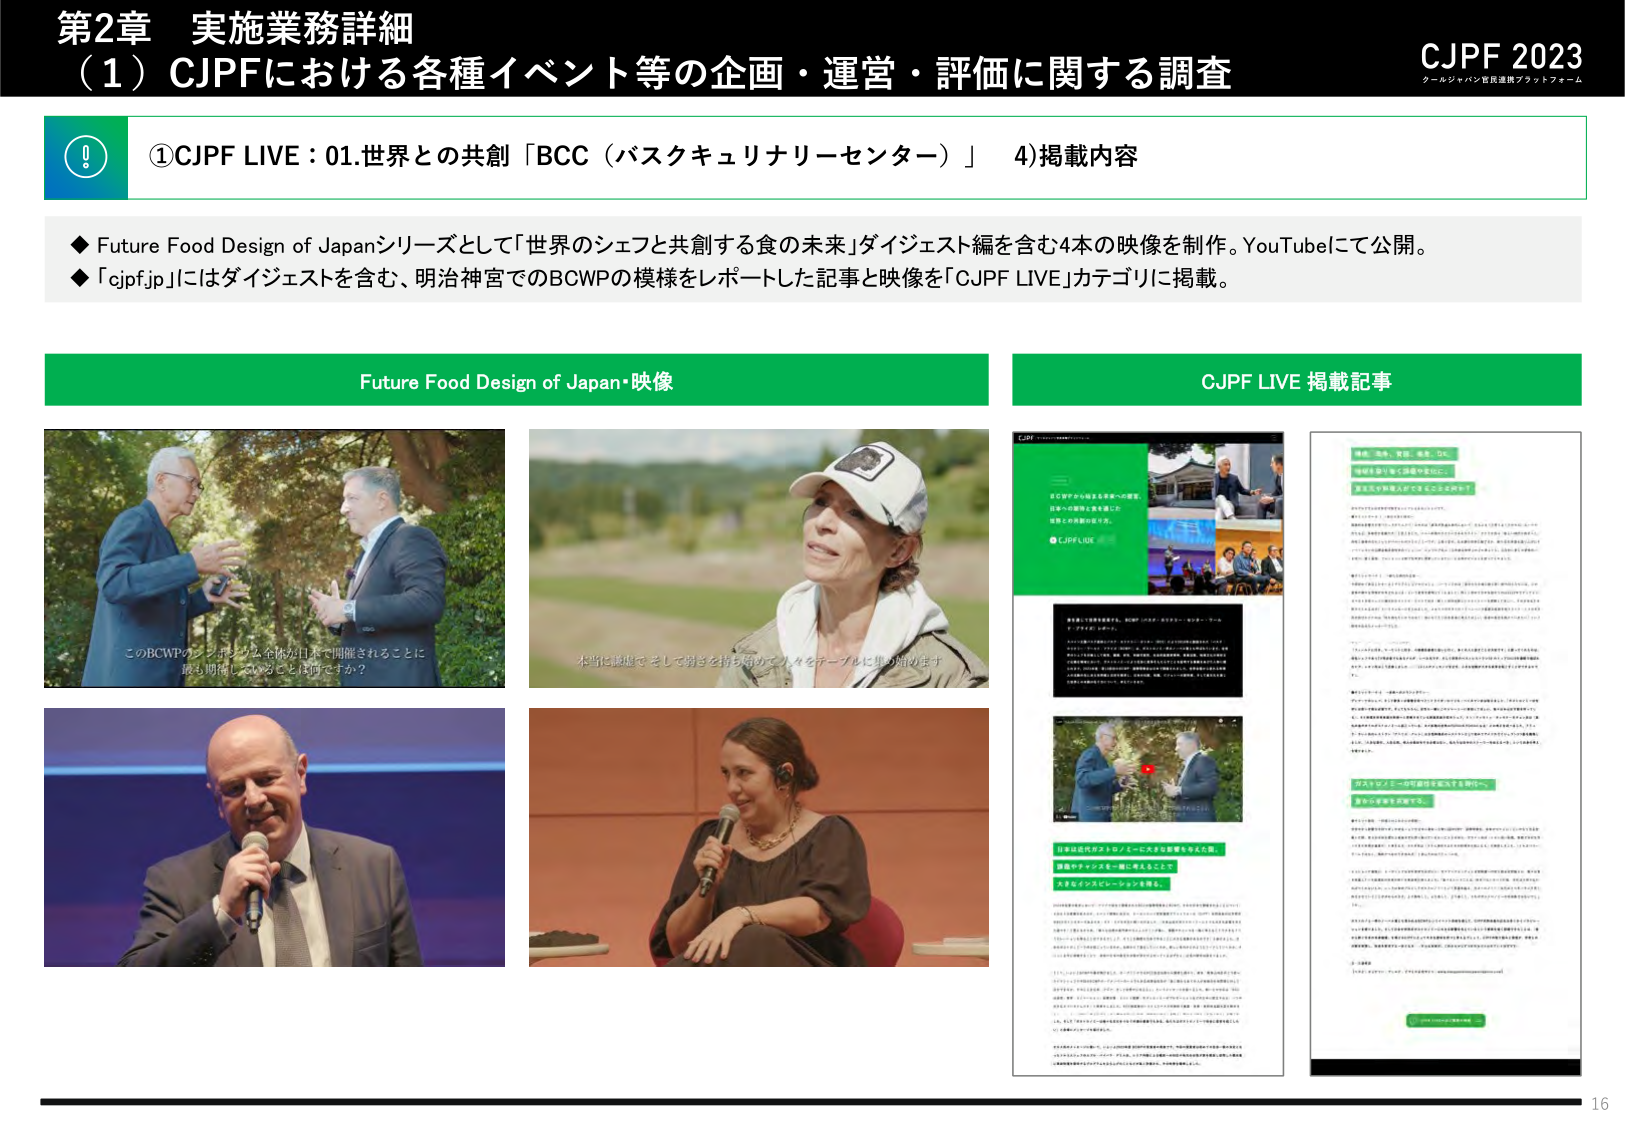
第2章 実施業務詳細
（1）CJPFにおける各種イベント等の企画・運営・評価に関する調査

CJPF 2023
クールジャパン官民連携プラットフォーム

①CJPF LIVE：01.世界との共創「BCC（バスキュリナリーセンター）」 4)掲載内容

◆ Future Food Design of Japanシリーズとして「世界のシェフと共創する食の未来」ダイジェスト編を含む4本の映像を制作。YouTubeにて公開。
◆ 「cjpf.jp」にはダイジェストを含む、明治神宮でのBCWPの模様をレポートした記事と映像を「CJPF LIVE」カテゴリに掲載。

Future Food Design of Japan・映像

このBCWPのプログラム全体が日本で開催されることに最も期待していることは何ですか？

本当に誠実で、そして弱さを持ち始めた人々をテーブルに集め始めます

CJPF LIVE 掲載記事

CJPF
BCWPから始まる未来への提案。
日本の可能性と食を通じた
世界との共創の在り方。
CJPF LIVE

本番の1年間を振り返る。BCWP（アグリ・フード・ロジスティクス・フォーラム）で何を学んだか？

日本は近代的アグリ・フード・ロジスティクスを実現するため、
課題やチャンスを一緒に考えることで
大きなインスピレーションを得る。

味覚、食事、食感、風景、文化、
地域を繋ぐ食で課題や変化に、
異文化や外国人がどう生きるかを知る！

日本を代表する食文化の未来を、
世界のシェフと共創する。

日本は近代的アグリ・フード・ロジスティクスを実現するため、
課題やチャンスを一緒に考えることで
大きなインスピレーションを得る。

16